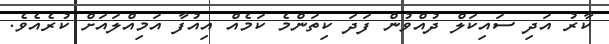
ކާރު އަދި ސައިކަލް ދުއްވުން ފަދަ ކިތަންމެ ކަމެއް އިއުފާ އަމިއްލައަށް ކުރެއެވެ.